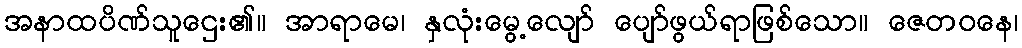
အနာထပိဏ်သူဌေး၏။ အာရာမေ၊ နှလုံးမွေ့လျော် ပျော်ဖွယ်ရာဖြစ်သော။ ဇေတဝနေ၊